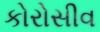
કોરોસીવ